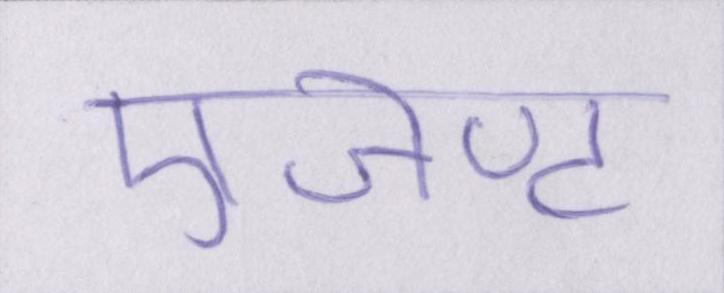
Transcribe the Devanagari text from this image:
एजेण्ट